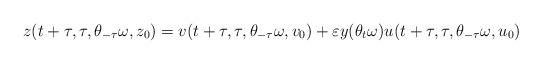
LaTeX: \begin{align*} z(t+\tau, \tau, \theta_{-\tau} \omega, z_0)= v(t+\tau, \tau, \theta_{-\tau} \omega, v_0) +\varepsilon y(\theta_t \omega) u(t +\tau, \tau, \theta_{-\tau} \omega, u_0) \end{align*}